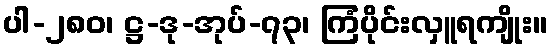
ပါ-၂၈၀၊ ဋ္ဌ-ဒု-အုပ်-၇၃၊ ကြံပိုင်းလှူရကျိုး။